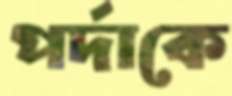
পর্দাকে